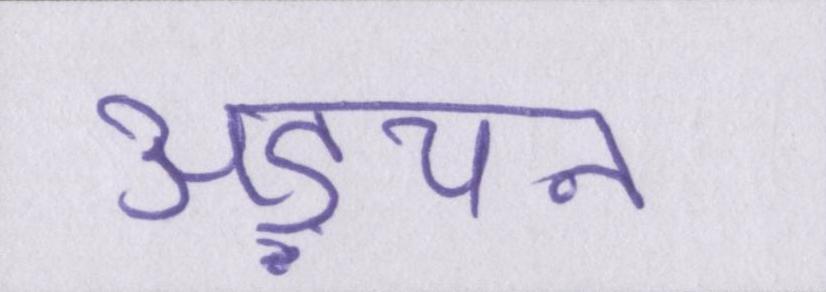
अड़चन